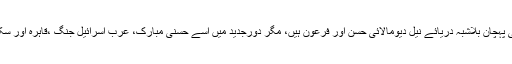
ایشیا اور افریقہ کے سنگم پر واقعہ، فلسطین سے جڑی سرزمین مصر کی پہچان بلاشبہ دریائے نیل دیومالائی حسن اور فرعون ہیں، مگر دورجدید میں اسے حسنی مبارک، عرب اسرائیل جنگ ،قاہرہ اور سکندریہ کے نائٹ کلبس، عرب فلم انڈسٹری کے حوالے سے جانا جاتا ہے۔